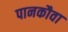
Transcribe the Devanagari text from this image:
पानकौवा